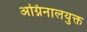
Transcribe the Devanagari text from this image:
अग्निनालयुक्त